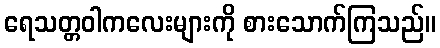
ရေသတ္တဝါကလေးများကို စားသောက်ကြသည်။